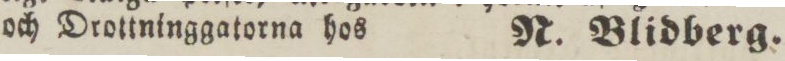
och Drottninggatorna hos    N. Blidberg.